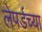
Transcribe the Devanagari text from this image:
लेपर्डच्या